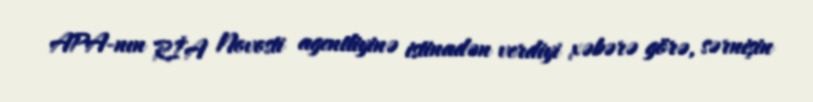
APA-nın RİA Novosti agentliyinə istinadən verdiyi xəbərə görə, sərnişin